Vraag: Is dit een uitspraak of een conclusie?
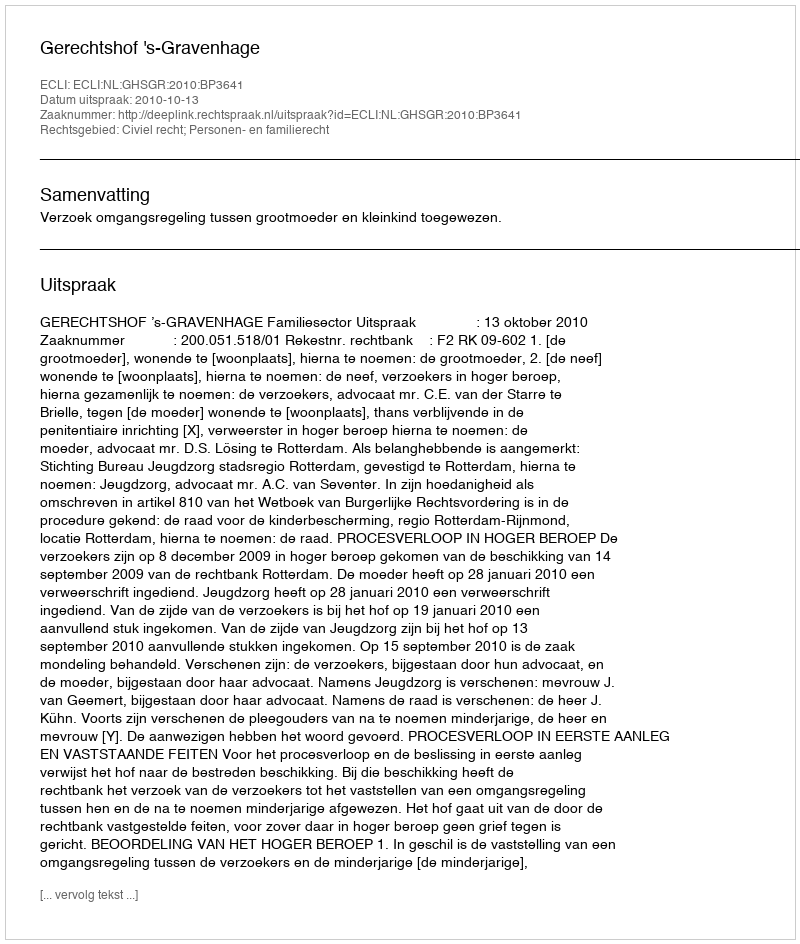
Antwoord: Uitspraak